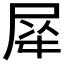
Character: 𭕡